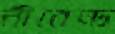
নীরেন্দ্র